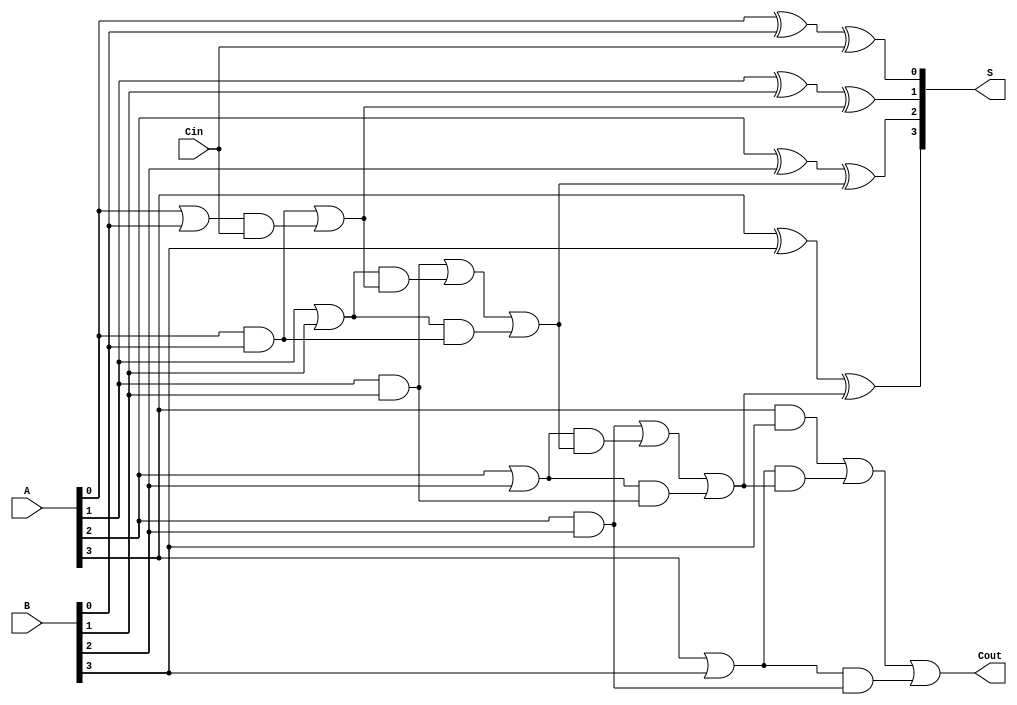
module CarryLookaheadAdder #(parameter n = 4) (
    input  [n-1:0] A,       // First n-bit input
    input  [n-1:0] B,       // Second n-bit input
    input         Cin,       // Carry-in
    output [n-1:0] S,       // Sum output
    output        Cout       // Carry-out
);

    // Generate and Propagate signals
    wire [n-1:0] G; // Generate
    wire [n-1:0] P; // Propagate
    wire [n:0] C;    // Carry bits

    // Generate and Propagate logic
    generate
        genvar i;
        for (i = 0; i < n; i = i + 1) begin : gen_and_prop
            assign G[i] = A[i] & B[i];  // Generate
            assign P[i] = A[i] | B[i];  // Propagate
        end
    endgenerate

    // Carry calculation
    assign C[0] = Cin;  // Initial carry-in
    generate
        for (i = 0; i < n; i = i + 1) begin : carry_logic
            if (i == 0) begin
                assign C[i + 1] = G[i] | (P[i] & C[i]); // C1
            end else begin
                assign C[i + 1] = G[i] | (P[i] & C[i]) | (P[i] & G[i - 1]); // General case
            end
        end
    endgenerate

    // Sum calculation
    generate
        for (i = 0; i < n; i = i + 1) begin : sum_logic
            assign S[i] = A[i] ^ B[i] ^ C[i]; // Sum
        end
    endgenerate

    // Carry-out is the last carry
    assign Cout = C[n];

endmodule